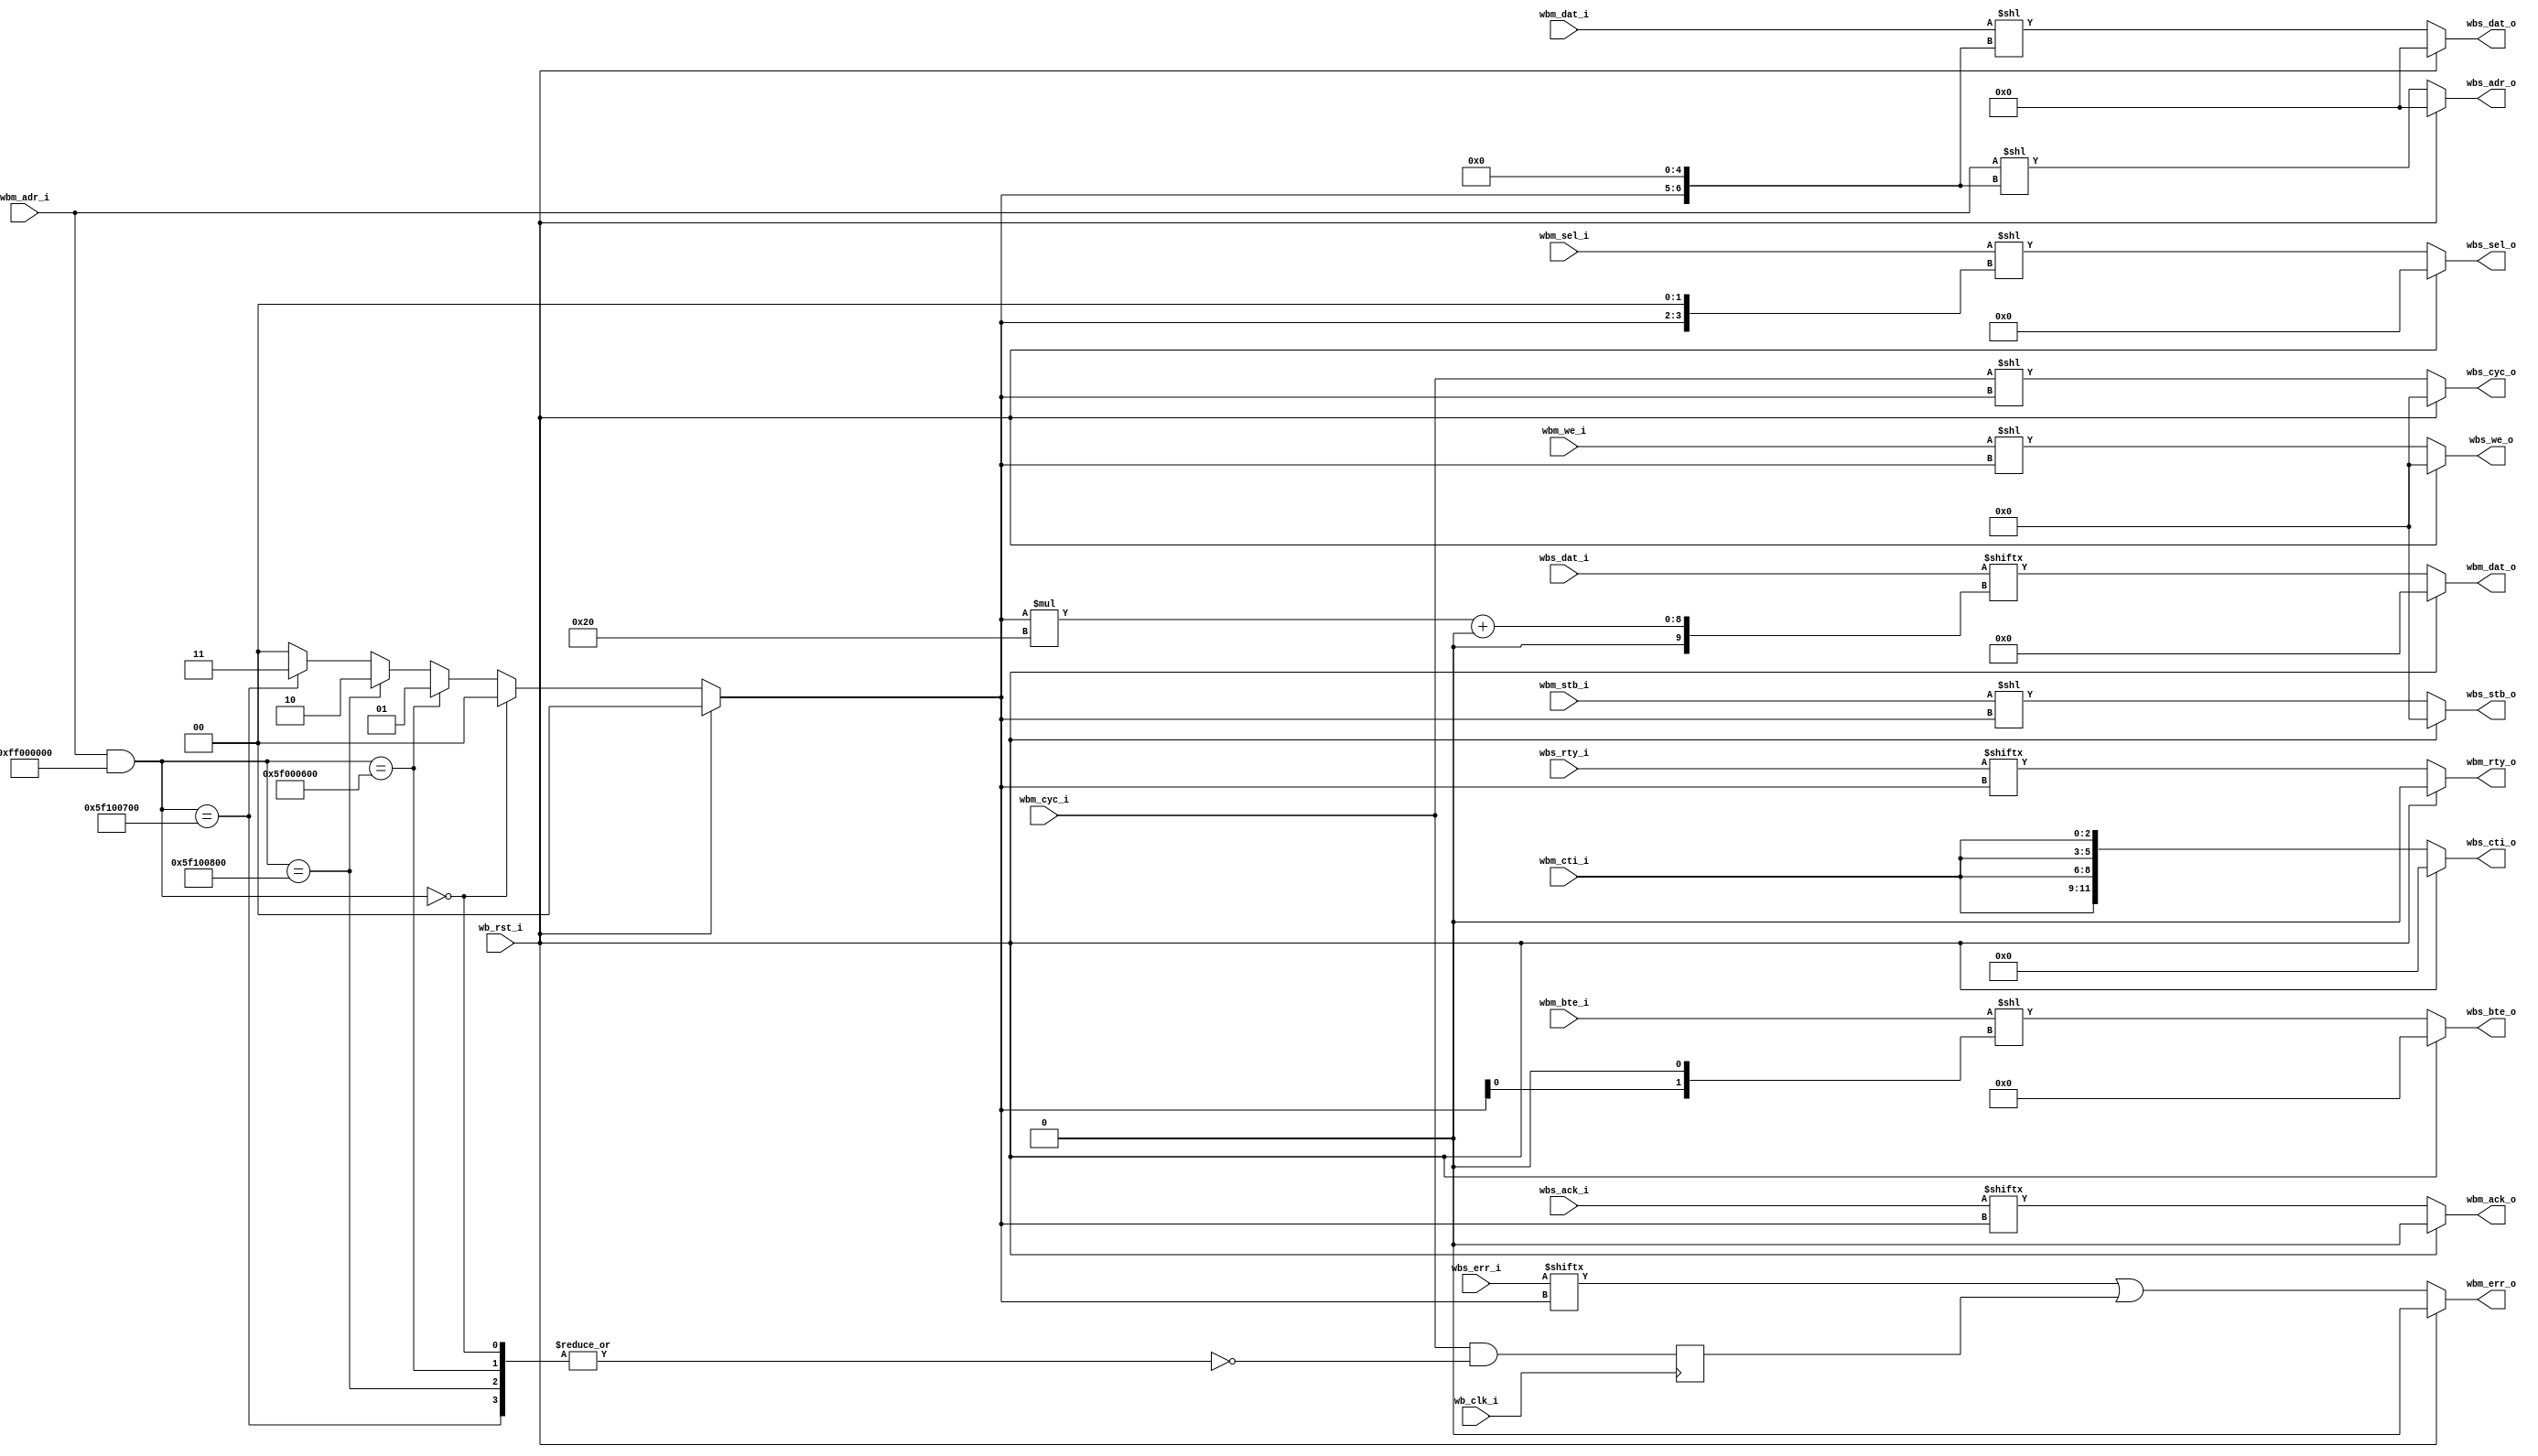
module wb_mux

   (wb_clk_i,wb_rst_i,
    wbm_adr_i,
wbm_dat_i,
wbm_sel_i,
wbm_we_i,
wbm_cyc_i,
wbm_stb_i,
wbm_cti_i,
wbm_bte_i,
wbm_dat_o,
wbm_ack_o,
wbm_err_o,
wbm_rty_o, 

wbs_adr_o,
wbs_dat_o,
wbs_sel_o, 
wbs_we_o,
wbs_cyc_o,
wbs_stb_o,
wbs_cti_o,
wbs_bte_o,
 wbs_dat_i,
 wbs_ack_i,
 wbs_err_i,
 wbs_rty_i);
   
    parameter dw = 32;        // Data width
    parameter aw = 32;        // Address width
    parameter num_slaves = 4; // Number of slaves
    parameter [aw*num_slaves-1:0] MATCH_ADDR = {32'h5f100700, 32'h5f100800, 32'h5f000600, 32'h00000000};
    parameter [aw*num_slaves-1:0] MATCH_MASK = {num_slaves{32'hff000000}};

   input                      wb_clk_i;
    input 		       wb_rst_i;

    // Master Interface
    input [aw-1:0] 	       wbm_adr_i;
    input [dw-1:0] 	       wbm_dat_i;
    input [3:0] 	       wbm_sel_i;
    input 		           wbm_we_i;
    input 		           wbm_cyc_i;
    input 		           wbm_stb_i;
    input [2:0] 	       wbm_cti_i;
    input [1:0] 	       wbm_bte_i;
    output [dw-1:0] 	   wbm_dat_o;
    output 		           wbm_ack_o;
    output 		           wbm_err_o;
    output 		           wbm_rty_o; 
    // Wishbone Slave interface
    output [num_slaves*aw-1:0] wbs_adr_o;
    output [num_slaves*dw-1:0] wbs_dat_o;
    output [num_slaves*4-1:0]  wbs_sel_o; 
    output [num_slaves-1:0]    wbs_we_o;
    output [num_slaves-1:0]    wbs_cyc_o;
    output [num_slaves-1:0]    wbs_stb_o;
    output [num_slaves*3-1:0]  wbs_cti_o;
    output [num_slaves*2-1:0]  wbs_bte_o;
    input  [num_slaves*dw-1:0]  wbs_dat_i;
    input  [num_slaves-1:0]     wbs_ack_i;
    input  [num_slaves-1:0]     wbs_err_i;
    input  [num_slaves-1:0]     wbs_rty_i;


///////////////////////////////////////////////////////////////////////////////
// Master/slave connection
///////////////////////////////////////////////////////////////////////////////

   parameter slave_sel_bits = num_slaves > 1 ? $clog2(num_slaves) : 1;

   reg  			 wbm_err;
   wire [slave_sel_bits-1:0] 	 slave_sel;
   wire [num_slaves-1:0] 	 match;
   wire [6:0] slave_sel_adr_dat;
   wire [6:0] slave_sel_sel;
   genvar 			 idx;

   generate
      for(idx=0; idx<num_slaves ; idx=idx+1) begin : addr_match
	 assign match[idx] = (wbm_adr_i & MATCH_MASK[idx*aw+:aw]) == MATCH_ADDR[idx*aw+:aw];
      end
   endgenerate
   
   integer ff1;
   integer i,j;
    always @(*) begin
        if(wb_rst_i) ff1 = 0;
        else begin 
            ff1 = 0;       
            for(i = num_slaves-1; i >= 0; i=i-1) begin
                if (match[i])
                    ff1 = i;
            end
        end
    end

   assign slave_sel = ff1;

   always @(posedge wb_clk_i)
     wbm_err <= wbm_cyc_i & !(|match);
   
   assign slave_sel_adr_dat = slave_sel << 5;
   assign slave_sel_sel = slave_sel << 2;
   
   assign wbs_adr_o = wb_rst_i ? 0 : (wbm_adr_i << (slave_sel_adr_dat));         //Shift the adr signal 32 positions for the next slave
   assign wbs_dat_o = wb_rst_i ? 0 : (wbm_dat_i << (slave_sel_adr_dat));         //Shift the dat signal 32 positions for the next slave
   assign wbs_sel_o = wb_rst_i ? 0 : (wbm_sel_i << (slave_sel_sel));         //Shift the sel signal 4 positions for the next slave
   assign wbs_we_o  = wb_rst_i ? 0 : (wbm_we_i << slave_sel);          //Shift the we signal 1 position for the next slave

   assign wbs_cyc_o = wb_rst_i ? 0 : (wbm_cyc_i << slave_sel);      //Shift the cyc signal 1 position for the next slave
   assign wbs_stb_o = wb_rst_i ? 0 : (wbm_stb_i << slave_sel);      //Shift the stb signal 1 position for the next slave
   
   assign wbs_cti_o = wb_rst_i ? 0 : {num_slaves{wbm_cti_i}};         //Shift the cti signal 3 positions for the next slave
   
//   for(i=0; i < num_slaves; i=i+1) begin
//        if(wbs_cyc_o[i]) begin
//            for(j=0; j<i;j=j+1) begin
//                wbs_cti_int <= match & (wbm_cti_i << 3);
//            end
//        end
//   end 
   
   assign wbs_bte_o = wb_rst_i ? 0 : (wbm_bte_i << (slave_sel << 1));         //Shift the bte signal 2 positions for the next slave

   assign wbm_dat_o = wb_rst_i ? 0 : wbs_dat_i[slave_sel*dw+:dw];
   assign wbm_ack_o = wb_rst_i ? 0 : wbs_ack_i[slave_sel];
   assign wbm_err_o = wb_rst_i ? 0 : wbs_err_i[slave_sel] | wbm_err;
   assign wbm_rty_o = wb_rst_i ? 0 : wbs_rty_i[slave_sel];

endmodule